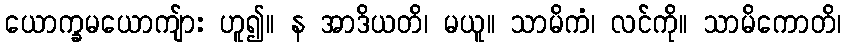
ယောက္ခမယောကျ်ား ဟူ၍။ န အာဒိယတိ၊ မယူ။ သာမိကံ၊ လင်ကို။ သာမိကောတိ၊